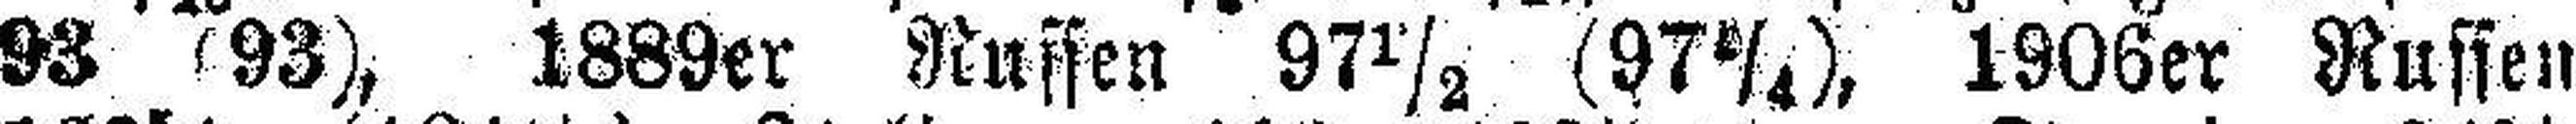
93 (93), 1889er Russen 97½ (97¼), 1906er Russen